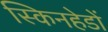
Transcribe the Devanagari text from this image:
स्किनहेडों